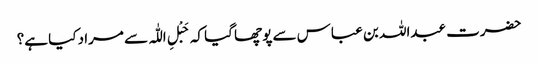
حضرت عبداللہ بن عباس سے پوچھا گیا کہ حَبْلِ اللّٰہ سے مراد کیا ہے؟